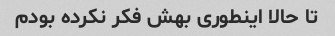
تا حالا اینطوری بهش فکر نکرده بودم